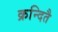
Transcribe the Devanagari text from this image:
क्रन्दितै